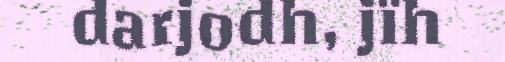
darjodh, jïh